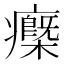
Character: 𤻿